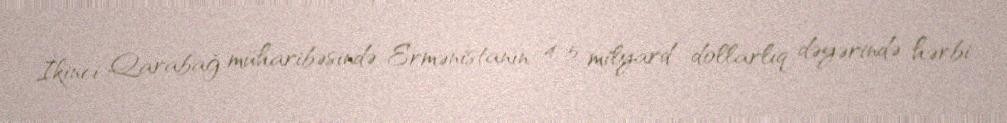
İkinci Qarabağ müharibəsində Ermənistanın 4-5 milyard dollarlıq dəyərində hərbi